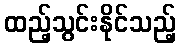
ထည့်သွင်းနိုင်သည့်